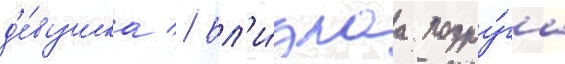
д'е́вушка // Бл'и́зкаа подру́га